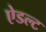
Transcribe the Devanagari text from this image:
ऐडल्ट